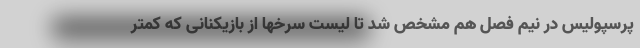
پرسپولیس در نیم فصل هم مشخص شد تا لیست سرخها از بازیکنانی که کمتر